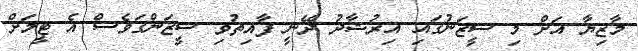
މާޒިޔާ އަށް މި ސީޒަނުގައި އިރުޝާދު ދޭނީ ފާއިތުވި ސީޒަންގަވެސް އެ ޓީމަށް